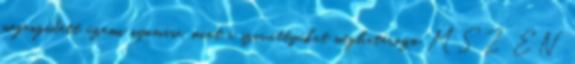
megengedett üzemi nyomása, mint a szivattyúkat meghatározó MSZ EN